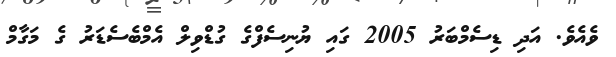
ވެއެވެ. އަދި ޑިސެމްބަރު 2005 ގައި ޔުނިސެފްގެ ގުޑްވިލް އެމްބެސެޑަރު ގެ މަގާމް